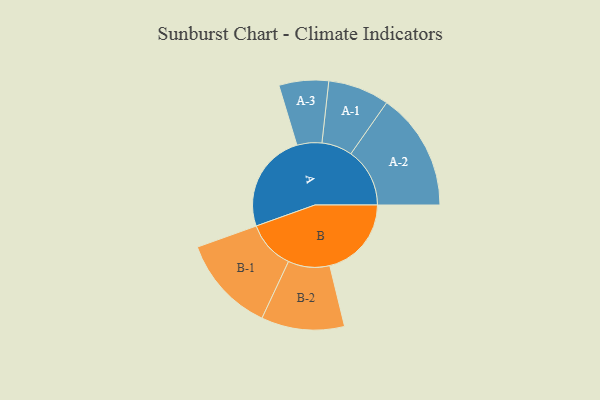
{"axis": {"x": "Segment", "y": "Value"}, "legend": ["", "A", "B"], "data": [{"x": "A", "y": 493, "type": ""}, {"x": "B", "y": 405, "type": ""}, {"x": "A-1", "y": 152, "type": "A"}, {"x": "A-2", "y": 292, "type": "A"}, {"x": "A-3", "y": 123, "type": "A"}, {"x": "B-1", "y": 240, "type": "B"}, {"x": "B-2", "y": 206, "type": "B"}]}